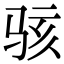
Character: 骇